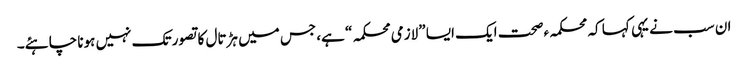
ان سب نے یہی کہا کہ محکمہءصحت ایک ایسا ”لازمی محکمہ“ ہے، جس میں ہڑتال کا تصور تک نہیں ہونا چاہئے۔